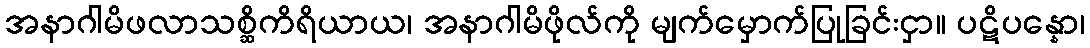
အနာဂါမိဖလာသစ္ဆိကိရိယာယ၊ အနာဂါမိဖိုလ်ကို မျက်မှောက်ပြုခြင်းငှာ။ ပဋိပန္နော၊